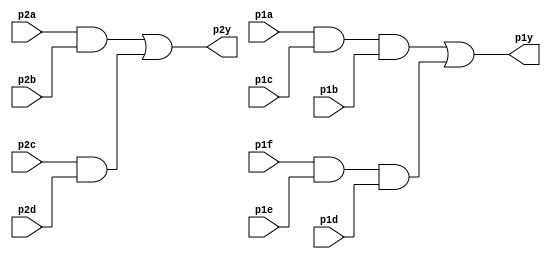
module top_module ( 
    input p1a, p1b, p1c, p1d, p1e, p1f,
    output p1y,
    input p2a, p2b, p2c, p2d,
    output p2y );
	wire and_in1,and_in2,and_in3,and_in4;
    assign p1y=and_in1|and_in2;
    assign p2y=and_in3|and_in4;
    assign and_in1=p1a&p1c&p1b;
    assign and_in2=p1f&p1e&p1d;
    assign and_in3=p2a&p2b;
    assign and_in4=p2c&p2d;
endmodule